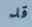
قد